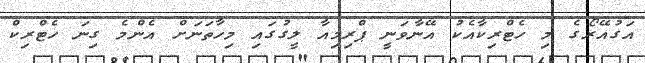
އަގުއޭރޯގެ މި ހެޓްރިކާއެކު އޭނާވަނީ ޕްރިމިއާ ލީގުގައި މިހާތަނަށް އެންމެ ގިނަ ހެޓްރިކް